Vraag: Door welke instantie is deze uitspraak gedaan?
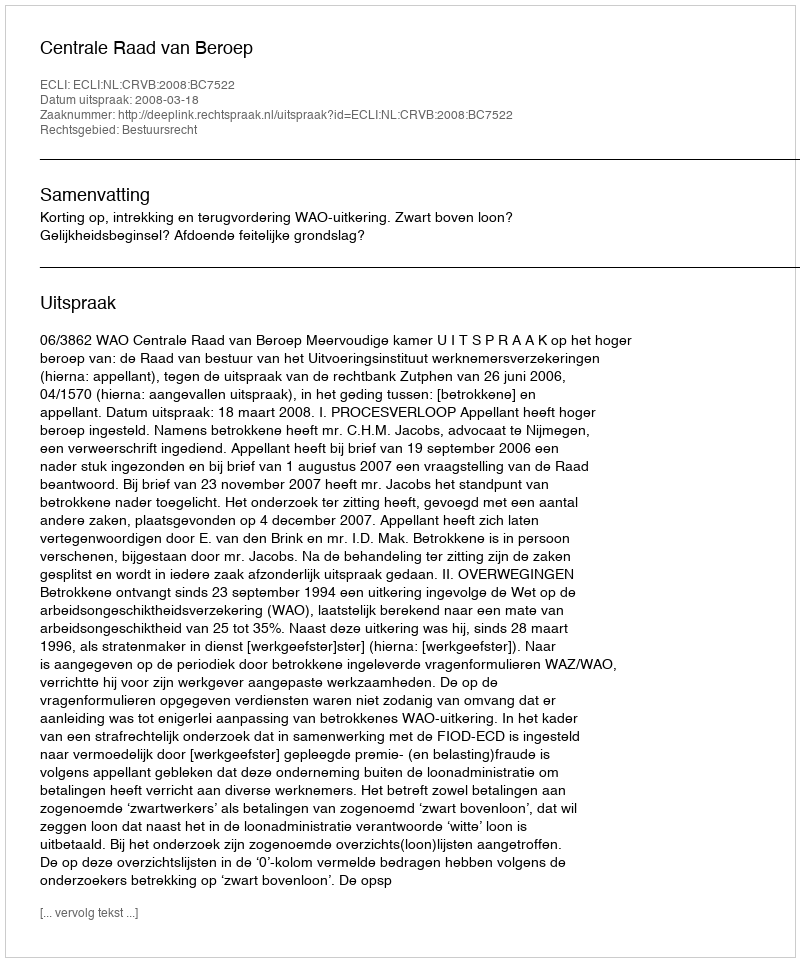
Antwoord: Centrale Raad van Beroep